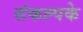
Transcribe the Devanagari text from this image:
संकल्पके